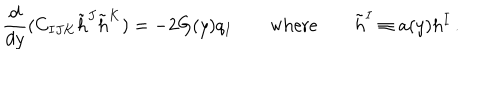
LaTeX: { \frac { d } { d y } } ( C _ { I J K } \tilde { h } ^ { J } \tilde { h } ^ { K } ) = - 2 G ( y ) q _ { I } \qquad \mathrm { w h e r e } \qquad \tilde { h } ^ { I } \equiv a ( y ) h ^ { I } \, .